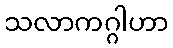
သလာကဂ္ဂါဟာ